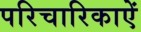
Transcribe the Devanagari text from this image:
परिचारिकाऐं